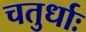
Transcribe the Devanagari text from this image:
चतुर्धाः